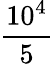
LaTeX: \frac{10^{4}}{5}